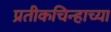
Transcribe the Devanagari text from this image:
प्रतीकचिन्हाच्या